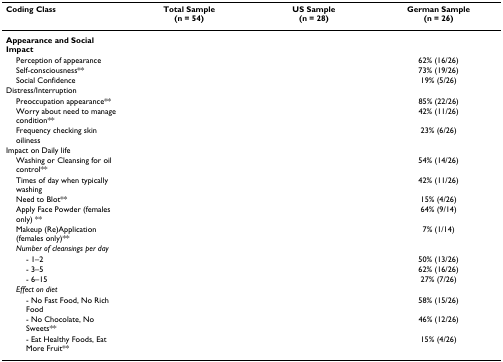
<table><thead><tr><td><b>Coding Class</b></td><td><b>Total Sample(n = 54)</b></td><td><b>US Sample(n = 28)</b></td><td><b>German Sample(n = 26)</b></td></tr></thead><tbody><tr><td><b>Appearance and Social Impact</b></td><td>[EMPTY_CELL]</td><td>[EMPTY_CELL]</td><td>[EMPTY_CELL]</td></tr><tr><td> Perception of appearance</td><td>[EMPTY_CELL]</td><td>[EMPTY_CELL]</td><td>62% (16/26)</td></tr><tr><td> Self-consciousness**</td><td>[EMPTY_CELL]</td><td>[EMPTY_CELL]</td><td>73% (19/26)</td></tr><tr><td> Social Confidence</td><td>[EMPTY_CELL]</td><td>[EMPTY_CELL]</td><td>19% (5/26)</td></tr><tr><td>Distress/Interruption</td><td>[EMPTY_CELL]</td><td>[EMPTY_CELL]</td><td>[EMPTY_CELL]</td></tr><tr><td> Preoccupation appearance**</td><td>[EMPTY_CELL]</td><td>[EMPTY_CELL]</td><td>85% (22/26)</td></tr><tr><td> Worry about need to manage condition**</td><td>[EMPTY_CELL]</td><td>[EMPTY_CELL]</td><td>42% (11/26)</td></tr><tr><td> Frequency checking skin oiliness</td><td>[EMPTY_CELL]</td><td>[EMPTY_CELL]</td><td>23% (6/26)</td></tr><tr><td>Impact on Daily life</td><td>[EMPTY_CELL]</td><td>[EMPTY_CELL]</td><td>[EMPTY_CELL]</td></tr><tr><td> Washing or Cleansing for oil control**</td><td>[EMPTY_CELL]</td><td>[EMPTY_CELL]</td><td>54% (14/26)</td></tr><tr><td> Times of day when typically washing</td><td>[EMPTY_CELL]</td><td>[EMPTY_CELL]</td><td>42% (11/26)</td></tr><tr><td> Need to Blot**</td><td>[EMPTY_CELL]</td><td>[EMPTY_CELL]</td><td>15% (4/26)</td></tr><tr><td> Apply Face Powder (females only) **</td><td>[EMPTY_CELL]</td><td>[EMPTY_CELL]</td><td>64% (9/14)</td></tr><tr><td> Makeup (Re)Application (females only)**</td><td>[EMPTY_CELL]</td><td>[EMPTY_CELL]</td><td>7% (1/14)</td></tr><tr><td> <i>Number of cleansings per day</i></td><td>[EMPTY_CELL]</td><td>[EMPTY_CELL]</td><td>[EMPTY_CELL]</td></tr><tr><td>- 1–2</td><td>[EMPTY_CELL]</td><td>[EMPTY_CELL]</td><td>50% (13/26)</td></tr><tr><td>- 3–5</td><td>[EMPTY_CELL]</td><td>[EMPTY_CELL]</td><td>62% (16/26)</td></tr><tr><td>- 6–15</td><td>[EMPTY_CELL]</td><td>[EMPTY_CELL]</td><td>27% (7/26)</td></tr><tr><td> <i>Effect on diet</i></td><td>[EMPTY_CELL]</td><td>[EMPTY_CELL]</td><td>[EMPTY_CELL]</td></tr><tr><td>- No Fast Food, No Rich Food</td><td>[EMPTY_CELL]</td><td>[EMPTY_CELL]</td><td>58% (15/26)</td></tr><tr><td>- No Chocolate, No Sweets**</td><td>[EMPTY_CELL]</td><td>[EMPTY_CELL]</td><td>46% (12/26)</td></tr><tr><td>- Eat Healthy Foods, Eat More Fruit**</td><td>[EMPTY_CELL]</td><td>[EMPTY_CELL]</td><td>15% (4/26)</td></tr></tbody></table>